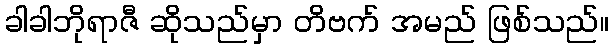
ခါခါဘိုရာဇီ ဆိုသည်မှာ တိဗက် အမည် ဖြစ်သည်။